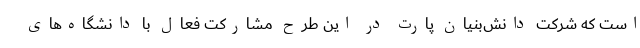
است که شرکت دانش‌بنیان پارت در این طرح مشارکت فعال با دانشگاه‌های